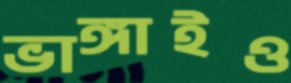
ভাঙ্গাইও